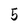
Character: 5